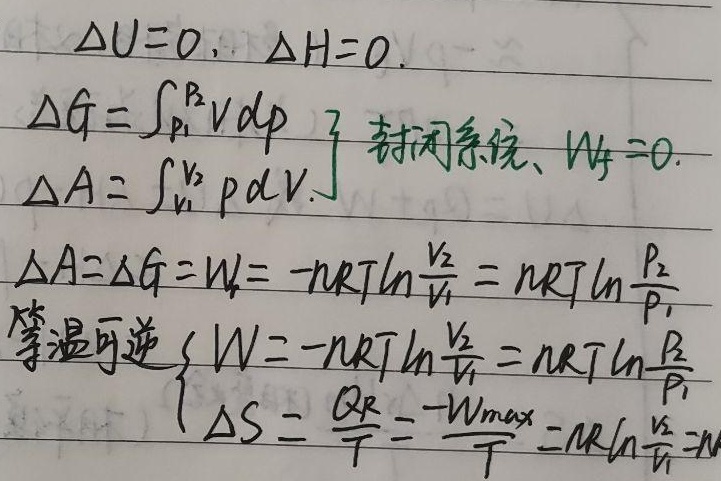
\[
\begin{align*}
&\Delta U = 0, \ \Delta H = 0.\\
&\begin{cases}
\Delta G=\int_{p_1}^{p_2}V\mathrm{d}p \\
\Delta A=\int_{V_1}^{V_2}p\mathrm{d}V
\end{cases}\text{ 封闭系统、}W_f = 0.\\
&\Delta A=\Delta G = W = -nRT\ln\frac{V_2}{V_1}=nRT\ln\frac{p_2}{p_1}\\
&\text{等温可逆}
\begin{cases}
W=-nRT\ln\frac{V_2}{V_1}=nRT\ln\frac{p_2}{p_1}\\
\Delta S = \frac{Q_R}{T}=\frac{-W_{max}}{T}=nR\ln\frac{V_2}{V_1}
\end{cases}
\end{align*}
\]